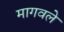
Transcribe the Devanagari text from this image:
मागवले